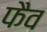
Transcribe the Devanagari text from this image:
फैव